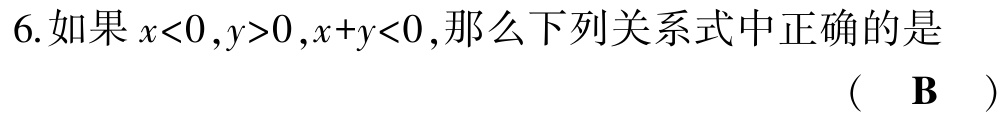
6.如果\(x<0,y>0,x + y<0\),那么下列关系式中正确的是

( B )